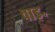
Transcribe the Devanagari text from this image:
वाइ॰